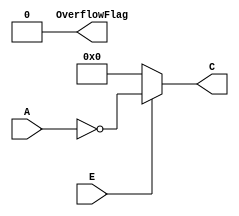
// lab1_bit_not.v

// Bitwise NOT
// Calculation

// Output 1: C; calculation result, 16bit binary
// Output 2: OverflowFlag; 0
// Input 1: A; input, 16bit binary
// Input 2: E; enable, 1bit binary

module bit_not16 (output [15:0] C, output OverflowFlag,
	input [15:0] A, input E);
	reg result;
	assign OverflowFlag = 1'b0;
	assign C=(E & 1'b1)?~A:16'b0000000000000000;
endmodule